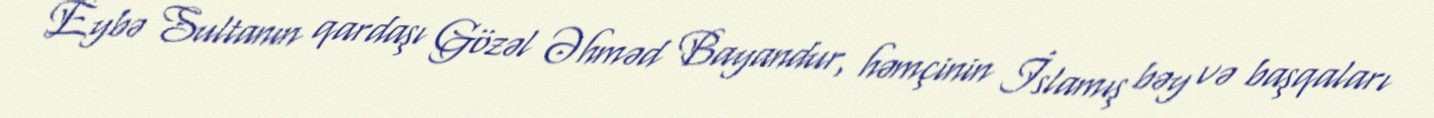
Eybə Sultanın qardaşı Gözəl Əhməd Bayandur, həmçinin İslamış bəy və başqaları